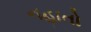
નહાતો